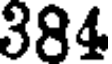
384